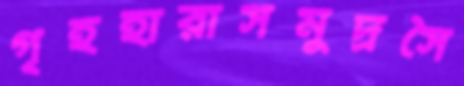
গৃহহারাসমুদ্রসৈ